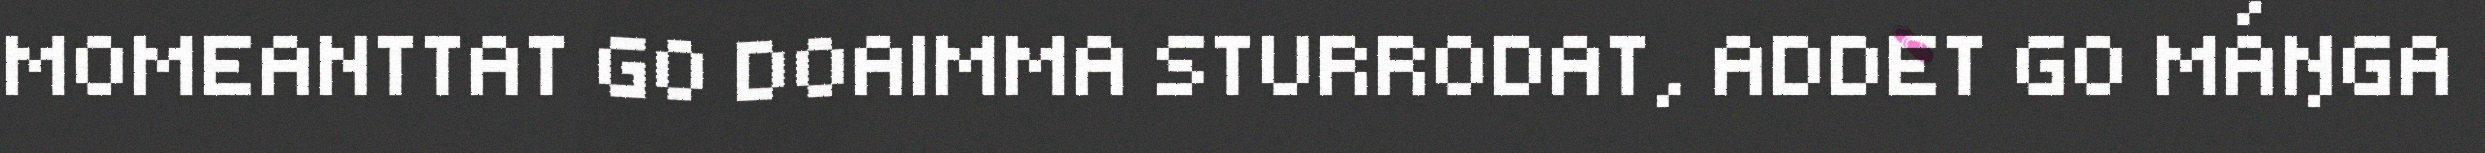
MOMEANTTAT GO DOAIMMA STURRODAT, ADDET GO MÁŊGA